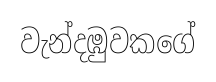
වැන්දඹුවකගේ